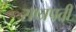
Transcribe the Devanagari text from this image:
राष्त्रपती